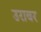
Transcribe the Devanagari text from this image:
उराबर